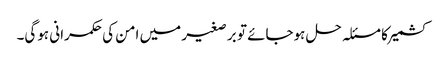
کشمیر کا مسئلہ حل ہوجائے تو بر صغیر میں امن کی حکمرانی ہوگی۔